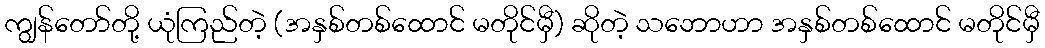
ကျွန်တော်တို့ ယုံကြည်တဲ့ (အနှစ်တစ်ထောင် မတိုင်မှီ) ဆိုတဲ့ သဘောဟာ အနှစ်တစ်ထောင် မတိုင်မှီ